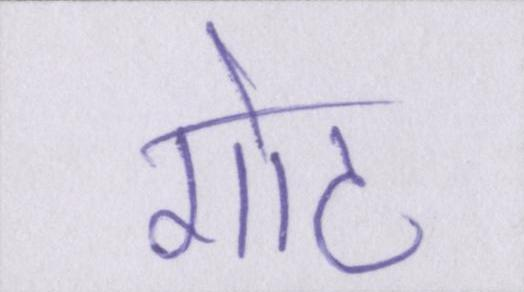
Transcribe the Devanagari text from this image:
गोट